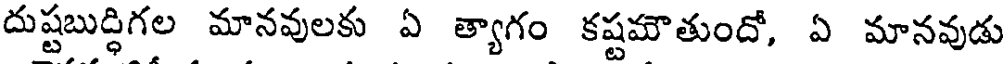
దుష్టబుద్ధిగల మానవులకు ఏ త్యాగం కష్టమౌతుందో, ఏ మానవుడు